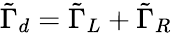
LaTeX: \tilde{\Gamma}_{d}=\tilde{\Gamma}_{L}+\tilde{\Gamma}_{R}